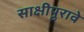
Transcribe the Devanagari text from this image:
साक्षीपुरावे